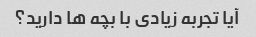
آیا تجربه زیادی با بچه ها دارید؟